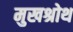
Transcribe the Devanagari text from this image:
मुखश्रोथ